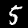
Digit: 5